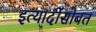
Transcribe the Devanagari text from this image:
इत्यादींसोबत